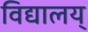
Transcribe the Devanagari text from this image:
विद्यालय्